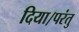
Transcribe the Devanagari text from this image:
दिया।परंतु